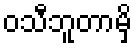
ဝသီဘူတာမှိ